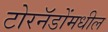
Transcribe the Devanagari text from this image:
टोरनॅडोंमधील